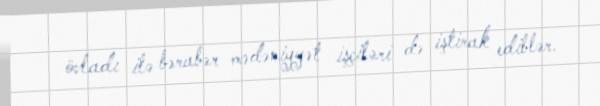
övladı ilə bərabər mədəniyyət işçiləri də iştirak ediblər.